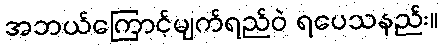
အဘယ်ကြောင့်မျက်ရည်ဝဲ ရပေသနည်း။